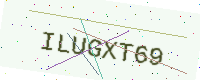
Text: ILUGXT69